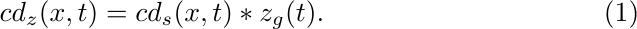
\begin{equation} \label{cd_z}
    cd_z(x,t) = cd_s(x,t) \ast z_g(t).
\end{equation}